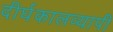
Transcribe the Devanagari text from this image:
दीर्घकालव्यापी